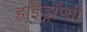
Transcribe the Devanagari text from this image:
हाइड्रॉप्सी